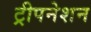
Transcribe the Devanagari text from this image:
ट्रीपनेशन